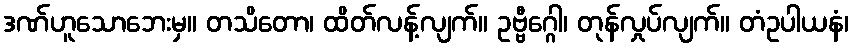
ဒဏ်ဟူသောဘေးမှ။ တသိတော၊ ထိတ်လန့်လျက်။ ဥဗ္ဗီဂ္ဂေါ၊ တုန်လှုပ်လျက်။ တံဥပါယနံ၊